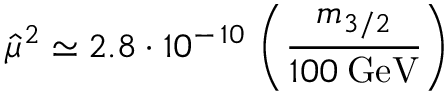
{ \hat { \mu } } ^ { 2 } \simeq 2 . 8 \cdot 1 0 ^ { - \, 1 0 } \, \left( \frac { m _ { 3 / 2 } } { 1 0 0 \: \mathrm { G e V } } \right)